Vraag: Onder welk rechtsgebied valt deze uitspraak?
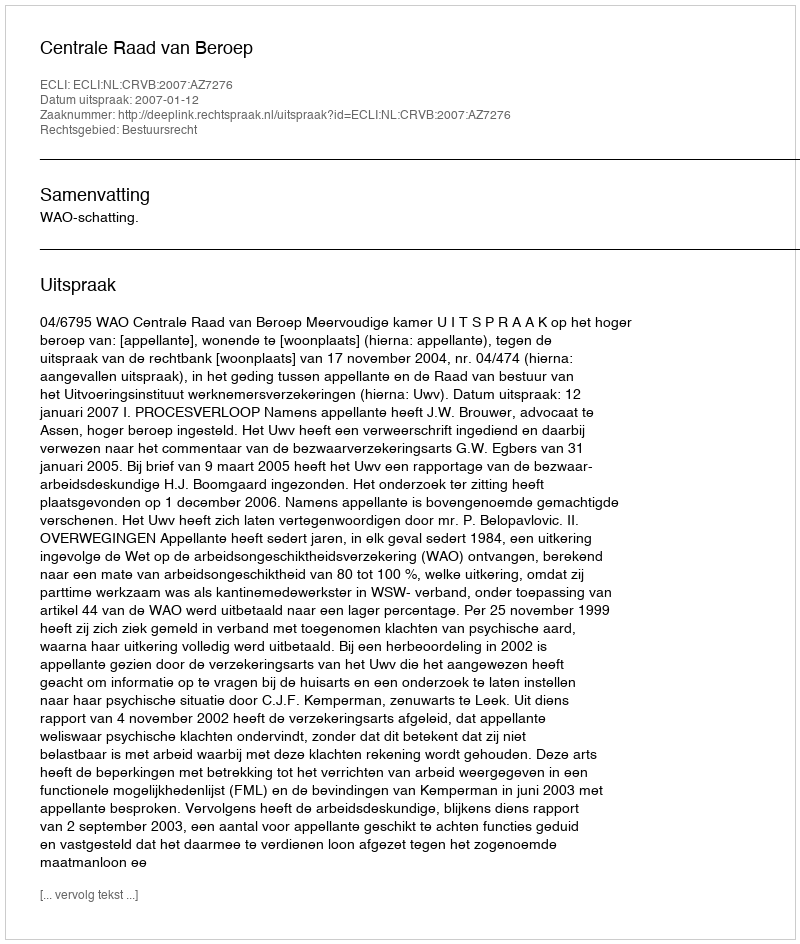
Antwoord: Bestuursrecht